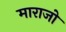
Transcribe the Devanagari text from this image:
माराजो